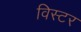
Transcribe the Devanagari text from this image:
विस्टर